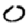
Digit: 0